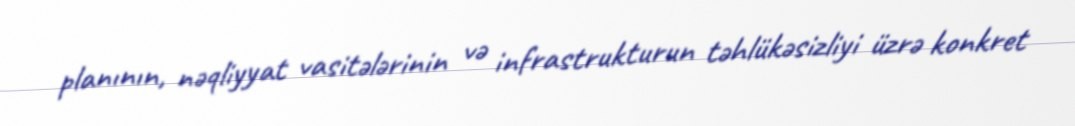
planının, nəqliyyat vasitələrinin və infrastrukturun təhlükəsizliyi üzrə konkret